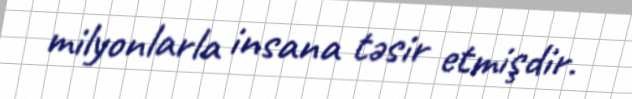
milyonlarla insana təsir etmişdir.